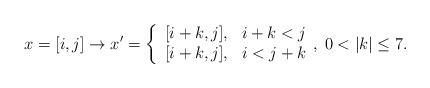
LaTeX: \begin{align*}x = [i, j] \rightarrow x' = \left\{ \begin{array}{l l} { [i+k, j]}, & i+k < j\\ { [i+k, j]}, & i < j+k \end{array}, \right. 0< |k| \leq 7.\end{align*}